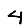
Digit: 4